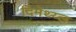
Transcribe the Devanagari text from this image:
दिमेथ्य्ल